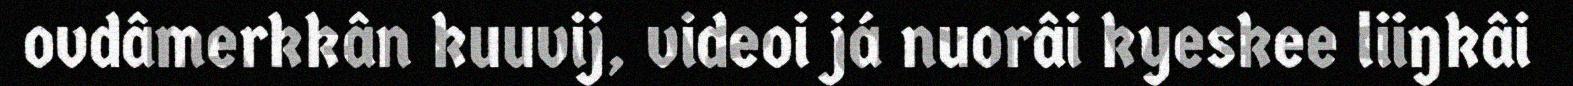
ovdâmerkkân kuuvij, videoi já nuorâi kyeskee liiŋkâi